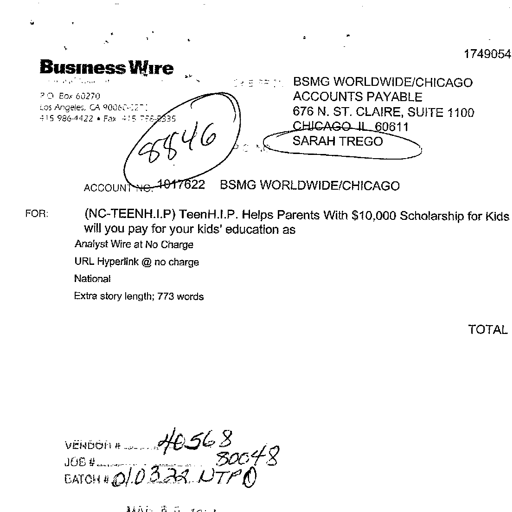
1749054
Business Wire
P O Box 60270
Los Angeles, CA 90060-0270
415 986-4422 • Fax 415 788-5335
BSMG WORLDWIDE/CHICAGO
ACCOUNTS PAYABLE
676 N. ST. CLAIRE, SUITE 1100
CHICAGO IL 60611
8846
SARAH TREGO
ACCOUNT NO. 1017622 BSMG WORLDWIDE/CHICAGO
FOR: (NC-TEENH.I.P) TeenH.I.P. Helps Parents With $10,000 Scholarship for Kids
will you pay for your kids' education as
Analyst Wire at No Charge
URL Hyperlink @ no charge
National
Extra story length; 773 words
TOTAL
VENDOR # 40568
JOB # 80048
BATCH # 01.03.22 NTPD